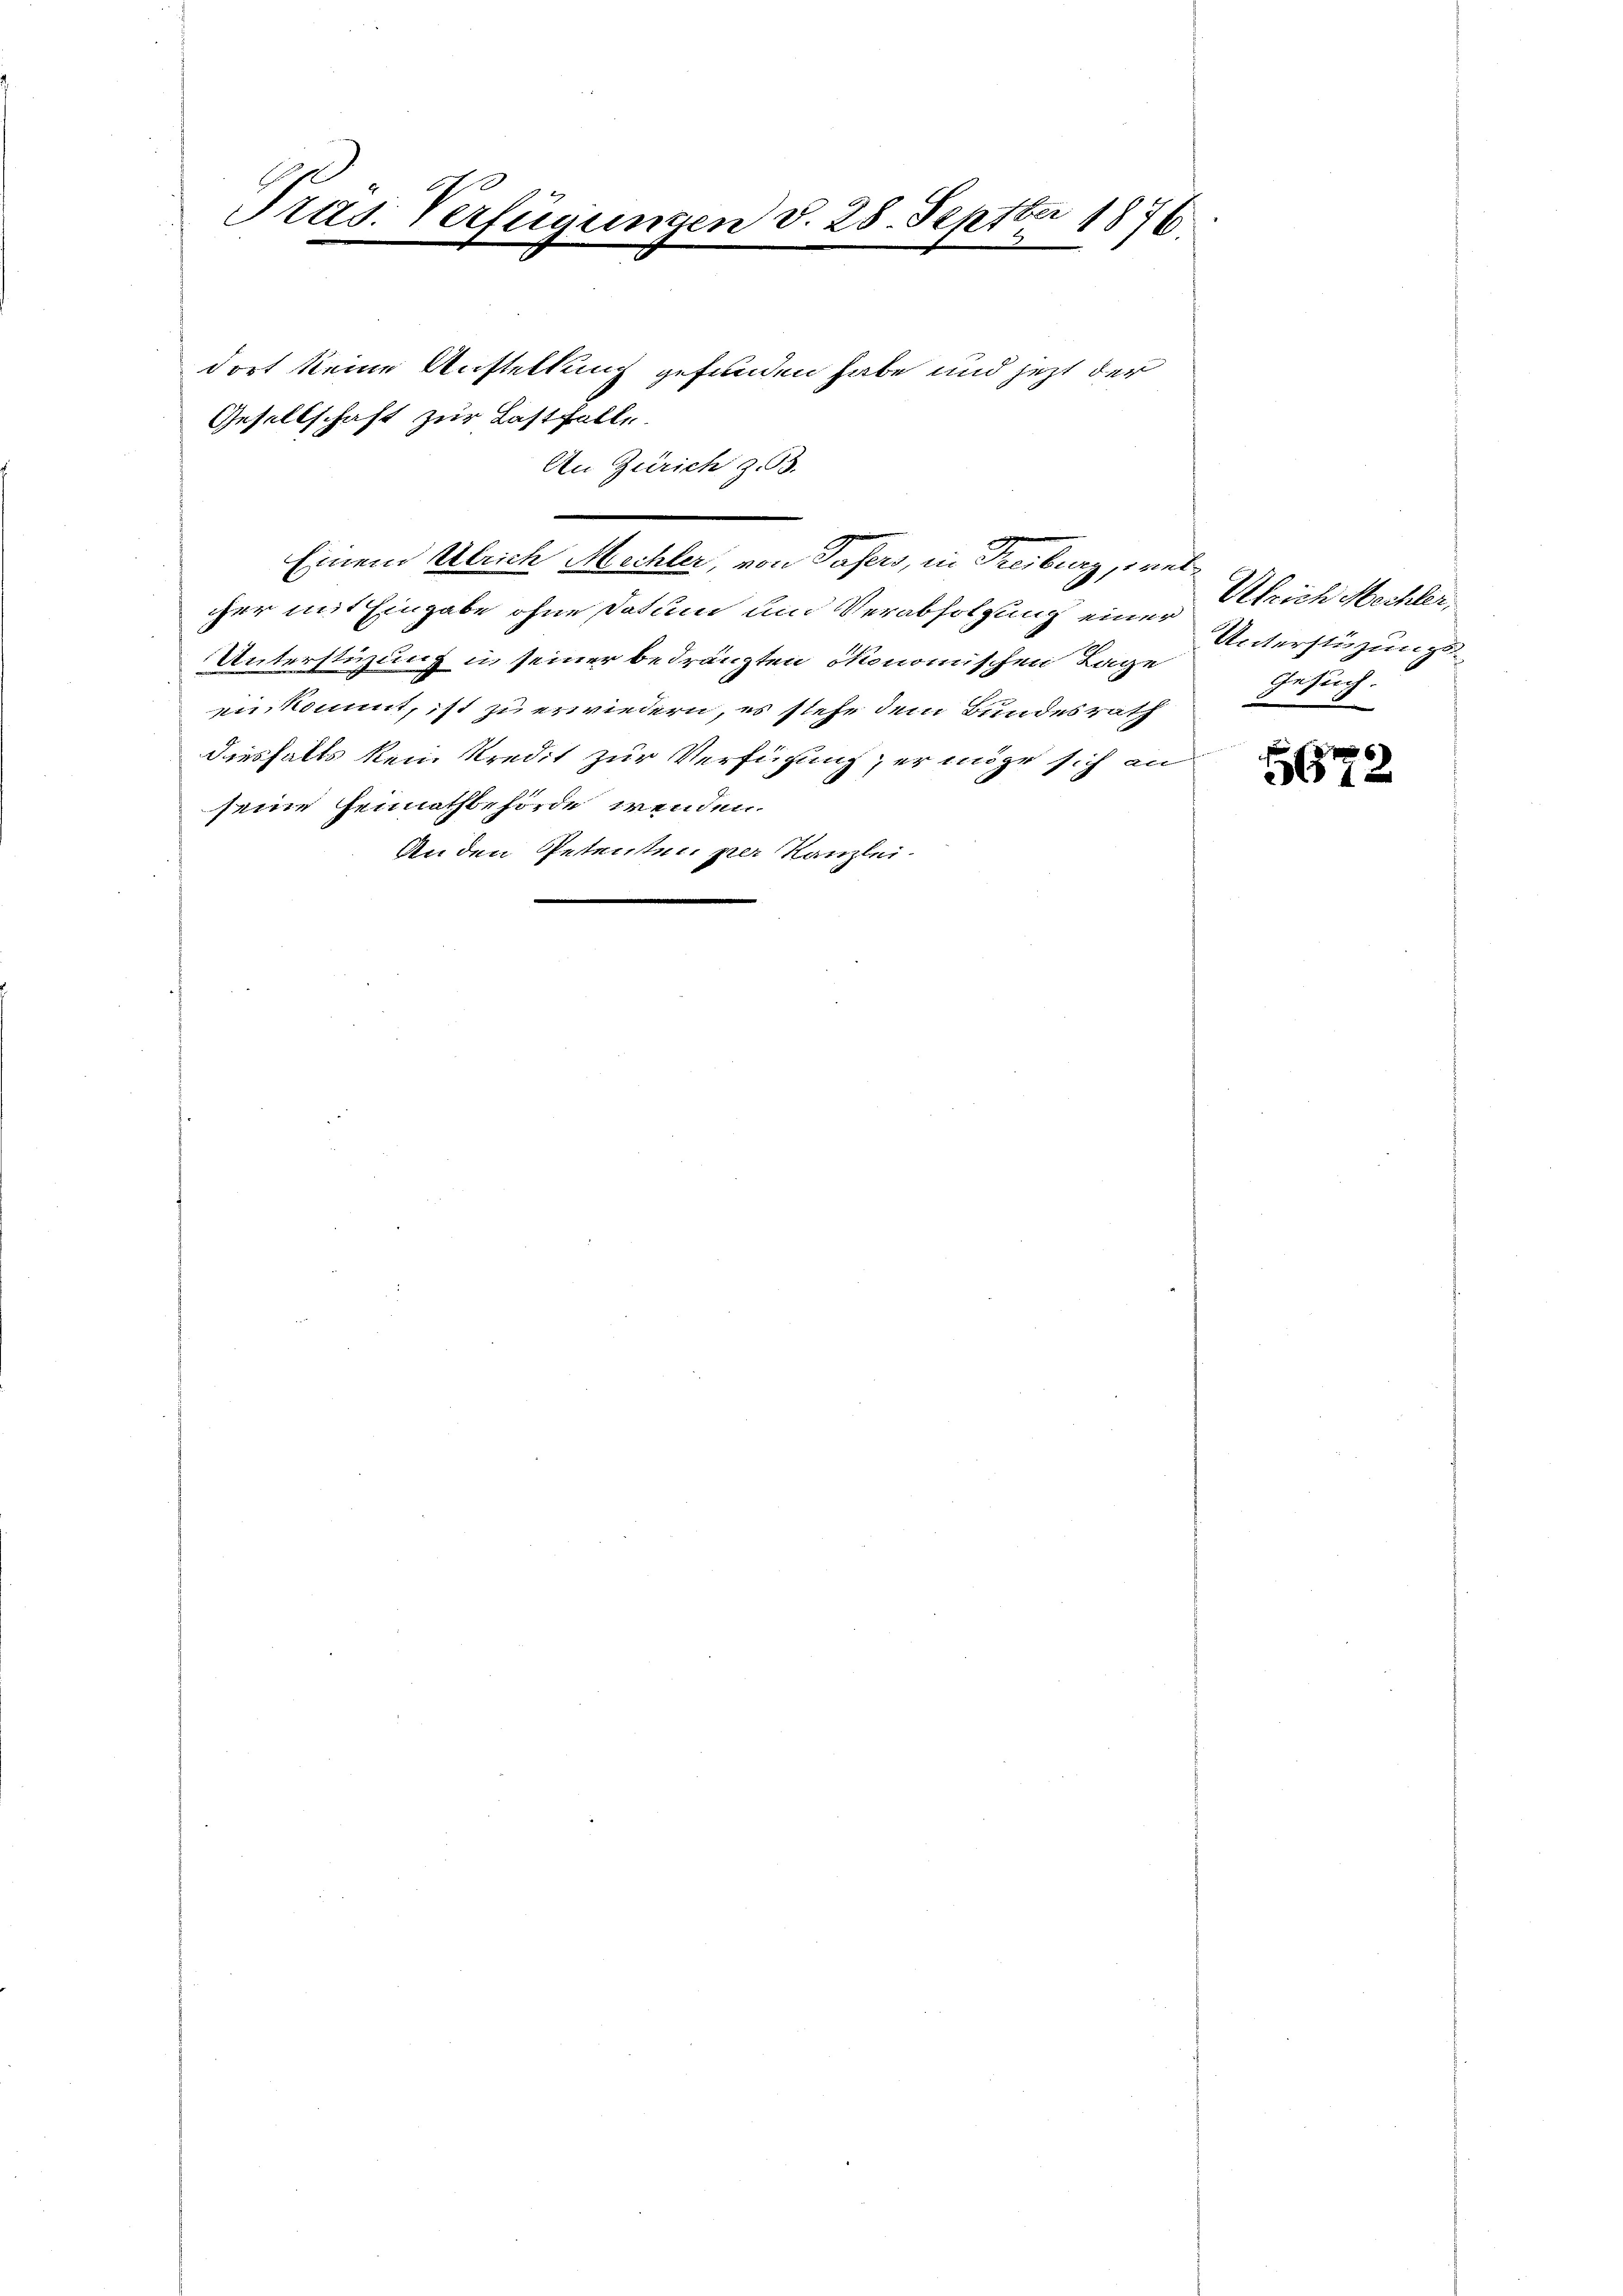
Pras. Verfügungen d. 28. Septber 1876.

dort keine Anstellung gefunden habe und jetzt der
Gesellschaft zur Last falle.
An Zürich z. B.
cher mit Eingabe ohne Datum und Verabfolgung einer Strich Mechter¬
Unterstüzung in seiner bedrängten Monomischen Lage
einkommt, ist zu erwiedern, es stehe dem Bundesrath
diesfalls kein Kredit zur Verfügung, er mir sich an
seine Heimathbehörde wenden.
An den Petenten per Kanzlei-

Einem Ulrich Mechter, von Tafers, in Freiburg, wel¬

Unterstüzungs
Gesuch.

6
672